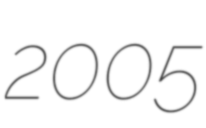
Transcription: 2005